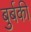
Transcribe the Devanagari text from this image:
बुर्बकी